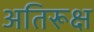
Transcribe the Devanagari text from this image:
अतिरूक्ष